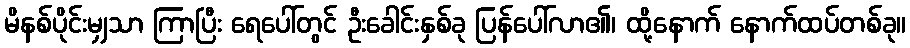
မိနစ်ပိုင်းမျှသာ ကြာပြီး ရေပေါ်တွင် ဦးခေါင်းနှစ်ခု ပြန်ပေါ်လာ၏၊ ထို့နောက် နောက်ထပ်တစ်ခု။